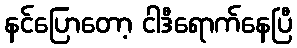
နင်ပြောတော့ ငါဒီရောက်နေပြီ